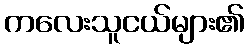
ကလေးသူငယ်များ၏